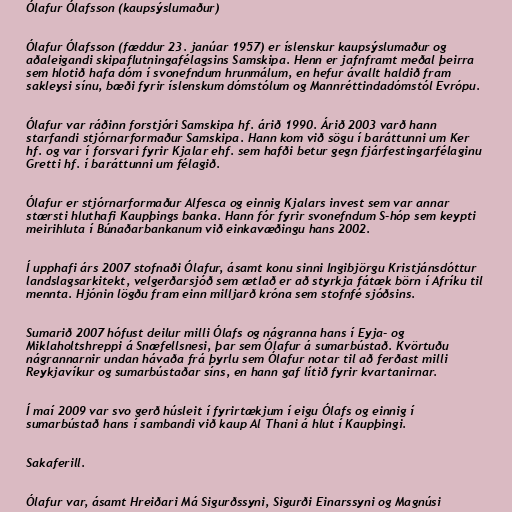
Ólafur Ólafsson (kaupsýslumaður)

Ólafur Ólafsson (fæddur 23. janúar 1957) er íslenskur kaupsýslumaður og
aðaleigandi skipaflutningafélagsins Samskipa. Henn er jafnframt meðal þeirra
sem hlotið hafa dóm í svonefndum hrunmálum, en hefur ávallt haldið fram
sakleysi sínu, bæði fyrir íslenskum dómstólum og Mannréttindadómstól Evrópu.

Ólafur var ráðinn forstjóri Samskipa hf. árið 1990. Árið 2003 varð hann
starfandi stjórnarformaður Samskipa. Hann kom við sögu í baráttunni um Ker
hf. og var í forsvari fyrir Kjalar ehf. sem hafði betur gegn fjárfestingarfélaginu
Gretti hf. í baráttunni um félagið.

Ólafur er stjórnarformaður Alfesca og einnig Kjalars invest sem var annar
stærsti hluthafi Kaupþings banka. Hann fór fyrir svonefndum S-hóp sem keypti
meirihluta í Búnaðarbankanum við einkavæðingu hans 2002.

Í upphafi árs 2007 stofnaði Ólafur, ásamt konu sinni Ingibjörgu Kristjánsdóttur
landslagsarkitekt, velgerðarsjóð sem ætlað er að styrkja fátæk börn í Afríku til
mennta. Hjónin lögðu fram einn milljarð króna sem stofnfé sjóðsins.

Sumarið 2007 hófust deilur milli Ólafs og nágranna hans í Eyja- og
Miklaholtshreppi á Snæfellsnesi, þar sem Ólafur á sumarbústað. Kvörtuðu
nágrannarnir undan hávaða frá þyrlu sem Ólafur notar til að ferðast milli
Reykjavíkur og sumarbústaðar síns, en hann gaf lítið fyrir kvartanirnar.

Í maí 2009 var svo gerð húsleit í fyrirtækjum í eigu Ólafs og einnig í
sumarbústað hans í sambandi við kaup Al Thani á hlut í Kaupþingi.

Sakaferill.

Ólafur var, ásamt Hreiðari Má Sigurðssyni, Sigurði Einarssyni og Magnúsi